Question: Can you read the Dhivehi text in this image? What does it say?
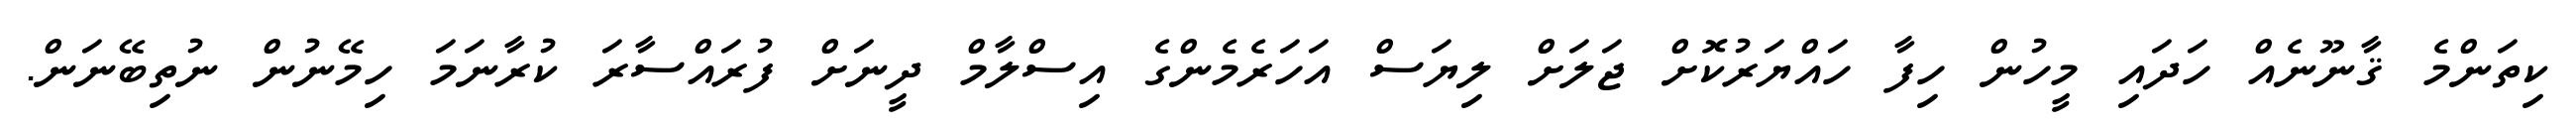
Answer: ކިތަންމެ ޤާނޫނެއް ހަދައި މީހުން ހިފާ ހައްޔަރުކޮށް ޖަލަށް ލިޔަސް އަހަރެމެންގެ އިސްލާމް ދީނަށް ފުރައްސާރަ ކުރާނަމަ ހިމޭނުން ނުތިބޭނަން.